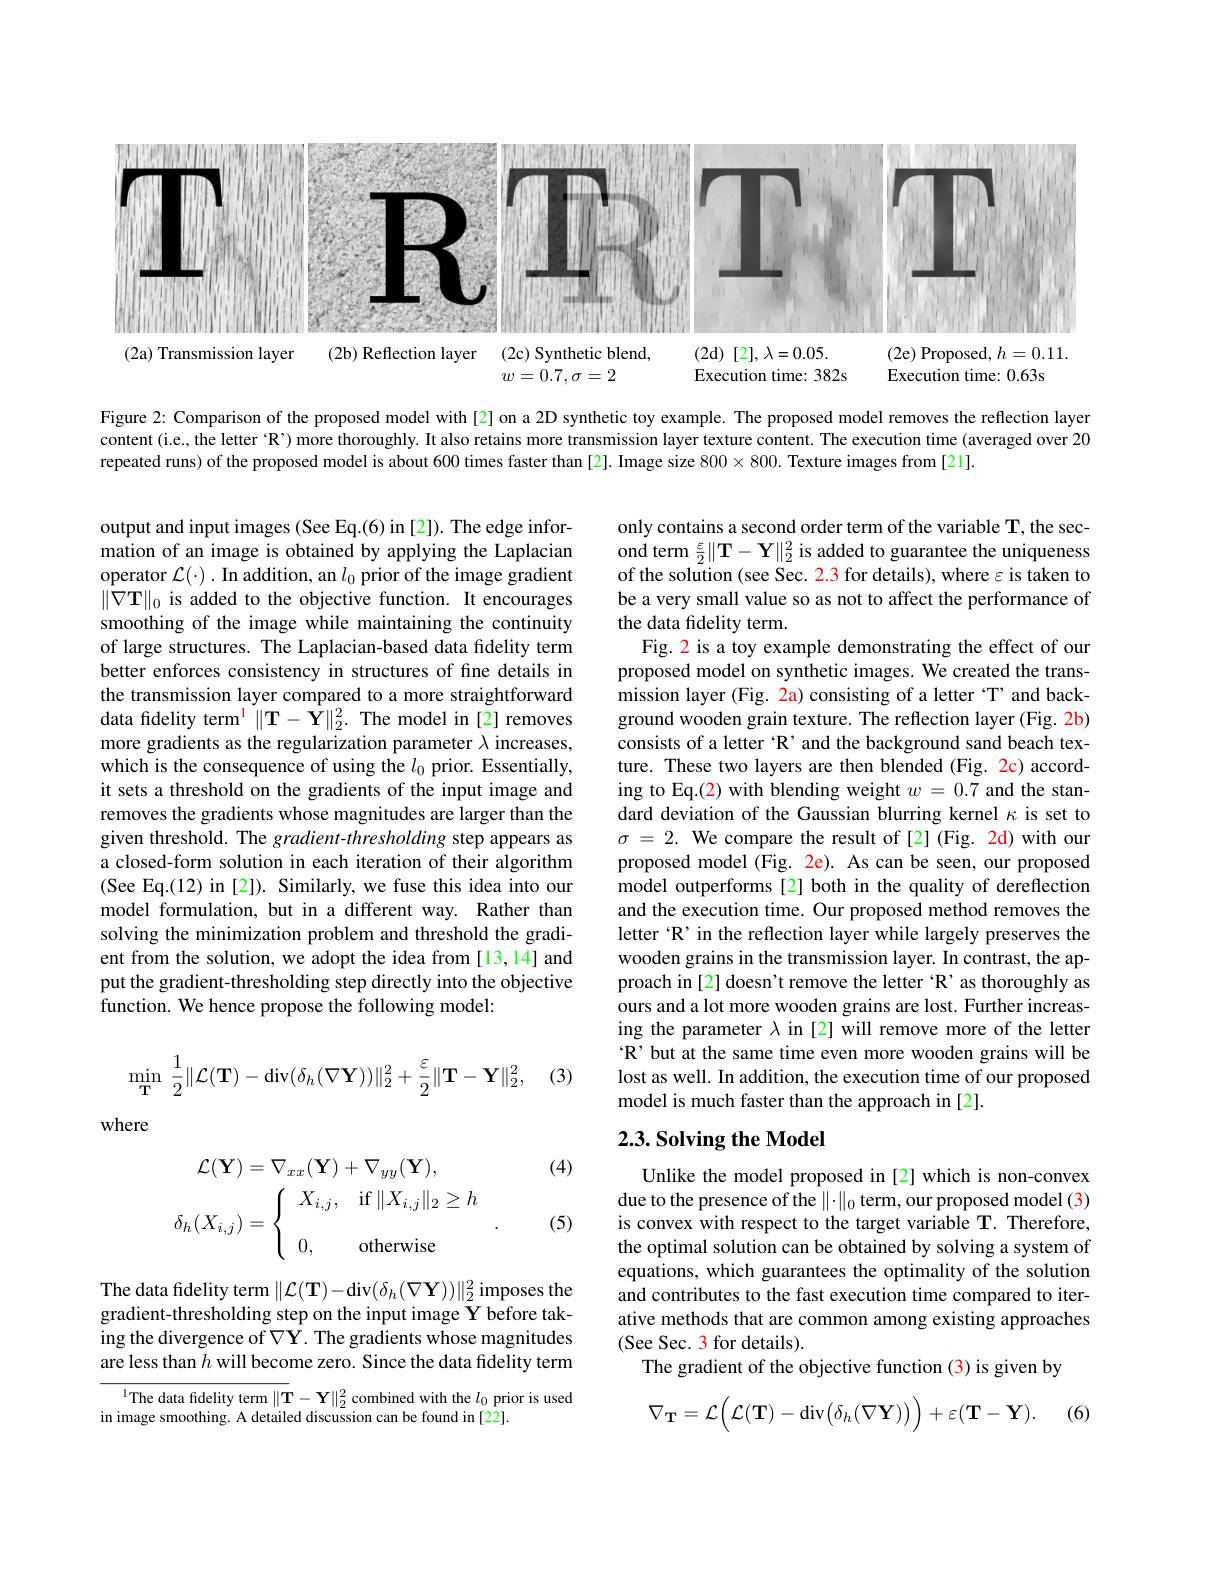
<FigureHere>

Figure 2: Comparison of the proposed model with[2] on a 2D synthetic toy example. The proposed model removes the reflection layer content (i.e, the letter $^{\mathrm{~}}\mathbb{R}^{\prime})$ more thoroughly. It also retains more transmission layer texture content. The execution time (averaged over 20 repeated runs) of the proposed model is about 600 times faster than [2]. Image size $800\times800.$ Texture images from [21].

output and input images (See Eq.(6) in [2]). The edge information of an image is obtained by applying the Laplacian operator $\mathcal{L}(\cdot).$ In addition, an $l_0$ prior of the image gradient $\|\hat{\nabla}\mathbf{T}\|_{0}$ is added to the objective function. It encourages smoothing of the image while maintaining the continuity of large structures. The Laplacian-based data fdelity term better enforces consistency in structures of fine details in the transmission layer compared to a more straightforward data fidelity term$^{\mathrm{l} }\| \mathbf{T} - \hat{\mathbf{Y} } \| _{2}^{2}.$ The model in[2] removes more gradients as the regularization parameter $\lambda$ increases, which is the consequence of using the $l_0$ prior. Essentially, it sets a threshold on the gradients of the input image and removes the gradients whose magnitudes are larger than the given threshold. The gradient-thresholding step appears as a closed-form solution in each iteration of their algorithm (See Eq.(12) in [2]). Similarly, we fuse this idea into our model formulation, but in a different way. Rather than solving the minimization problem and threshold the gradient from the solution, we adopt the idea from [13,14] and put the gradient-thresholding step directly into the objective function. We hence propose the following model:

only contains a second order term of the variable T, the second term $\frac\varepsilon2\|\mathbf{T}-\mathbf{Y}\|_{2}^{2}$ is added to guarantee the uniqueness of the solution (see Sec. 2.3 for details), where $\varepsilon$ is taken to be a very small value so as not to affect the performance of the data fidelity term.
Fig. 2 is a toy example demonstrating the effect of our proposed model on synthetic images. We created the transmission layer (Fig. 2a) consisting of a letter “T’ and background wooden grain texture. The reflection layer (Fig. 2b) consists of a letter 'R' and the background sand beach texture. These two layers are then blended (Fig. 2c) according to Eq.(2) with blending weight $w=0.7$ and the standard deviation of the Gaussian blurring kernel $\kappa$ is set to $\sigma=2.$ We compare the result of [2](Fig. 2d) with our proposed model (Fig. 2e). As can be seen, our proposed model outperforms[2] both in the quality of dereflection and the execution time. Our proposed method removes the letter ‘R’in the reflection layer while largely preserves the wooden grains in the transmission layer. In contrast, the approach in [2] doesn't remove the letter 'R' as thoroughly as ours and a lot more wooden grains are lost. Further increasing the parameter $\lambda$ in [2] will remove more of the letter R' but at the same time even more wooden grains will be lost as well. In addition, the execution time of our proposed model is much faster than the approach in [2].

(3)
$$\min_{\mathbf{T}}\:\dfrac{1}{2}\|\mathcal{L}(\mathbf{T})-\mathrm{div}(\delta_h(\nabla\mathbf{Y}))\|_2^2+\dfrac{\varepsilon}{2}\|\mathbf{T}-\mathbf{Y}\|_2^2,$$
where

## $2. 3. \textbf{Solving the Model}$

(4)
$$\left.\begin{aligned}\mathcal{L}(\mathbf{Y})&=\nabla_{xx}(\mathbf{Y})+\nabla_{yy}(\mathbf{Y}),\\\delta_{h}(X_{i,j})&=\left\{\begin{array}{ll}X_{i,j},&\mathrm{if}\:\|X_{i,j}\|_{2}\geq h\\\\0,&\mathrm{otherwise}\end{array}\right..\end{aligned}\right.$$
(5)

Unlike the model proposed in [2] which is non-convex due to the presence of the $\|\cdot\|_0$ term, our proposed model (3) is convex with respect to the target variable T. Therefore, the optimal solution can be obtained by solving a system of equations, which guarantees the optimality of the solution and contributes to the fast execution time compared to iterative methods that are common among existing approaches (See Sec. 3 for details).
The gradient of the objective function (3) is given by

The data fidelity term $\|\mathcal{L}(\mathbf{T})-$div$(\delta_h(\nabla\mathbf{Y}))\|_2^2$ imposes the gradient-thresholding step on the input image Y before taking the divergence of $\nabla\mathbf{Y}.$ The gradients whose magnitudes are less than $h$ will become zero. Since the data fidelity term

$^{1}$The data fidelity term $\|\mathbf{T}-\mathbf{Y}\|_2^2$ combined with the $l_0$ prior is used
in image smoothing. A detailed discussion can be found in [22].

(6)
$$\nabla_{\mathbf{T}}=\mathcal{L}\Big(\mathcal{L}(\mathbf{T})-\mathrm{div}\big(\delta_{h}(\nabla\mathbf{Y})\big)\Big)+\varepsilon(\mathbf{T}-\mathbf{Y}).$$